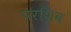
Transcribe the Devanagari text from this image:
परशिव